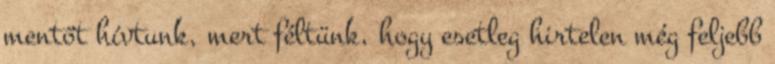
mentőt hívtunk, mert féltünk, hogy esetleg hirtelen még feljebb